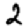
Digit: 2